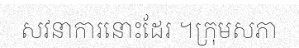
សវនាការនោះដែរ ។ក្រុមសភា